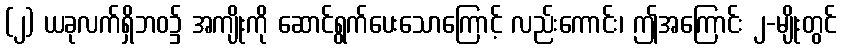
(၂) ယခုလက်ရှိဘဝ၌ အကျိုးကို ဆောင်ရွက်ပေးသောကြောင့် လည်းကောင်း၊ ဤအကြောင်း ၂-မျိုးတွင်